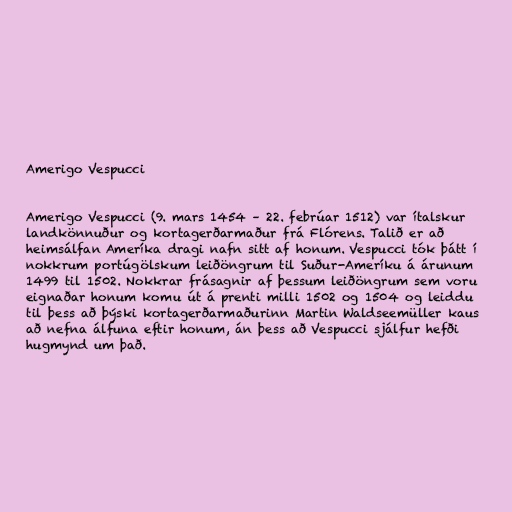
Amerigo Vespucci

Amerigo Vespucci (9. mars 1454 – 22. febrúar 1512) var ítalskur
landkönnuður og kortagerðarmaður frá Flórens. Talið er að
heimsálfan Ameríka dragi nafn sitt af honum. Vespucci tók þátt í
nokkrum portúgölskum leiðöngrum til Suður-Ameríku á árunum
1499 til 1502. Nokkrar frásagnir af þessum leiðöngrum sem voru
eignaðar honum komu út á prenti milli 1502 og 1504 og leiddu
til þess að þýski kortagerðarmaðurinn Martin Waldseemüller kaus
að nefna álfuna eftir honum, án þess að Vespucci sjálfur hefði
hugmynd um það.